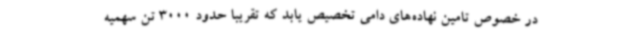
در خصوص تامین نهاده‌های دامی تخصیص یابد که تقریبا حدود 3000 تن سهمیه